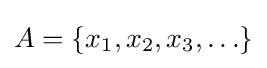
A=\{x_{1},x_{2},x_{3},\ldots \}